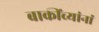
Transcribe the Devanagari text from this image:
बाकींच्यांनां